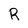
Character: R